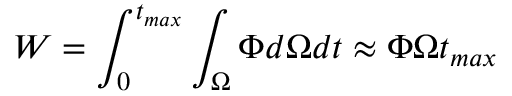
W = \int _ { 0 } ^ { t _ { m a x } } \int _ { \Omega } ^ { } \Phi d \Omega d t \approx \Phi \Omega t _ { m a x }